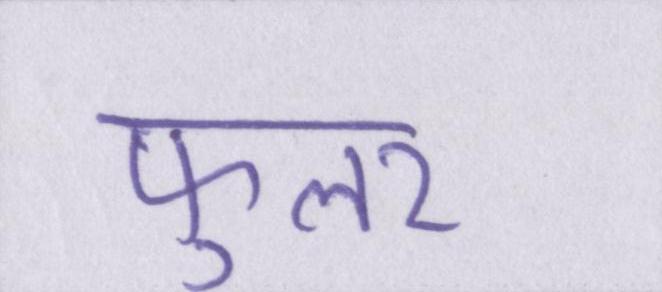
फुलर